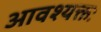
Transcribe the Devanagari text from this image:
आवश्यक्तः